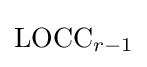
\operatorname {LOCC} _{r-1}